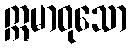
ဣမာဝုသော